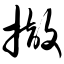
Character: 撤